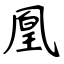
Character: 凰